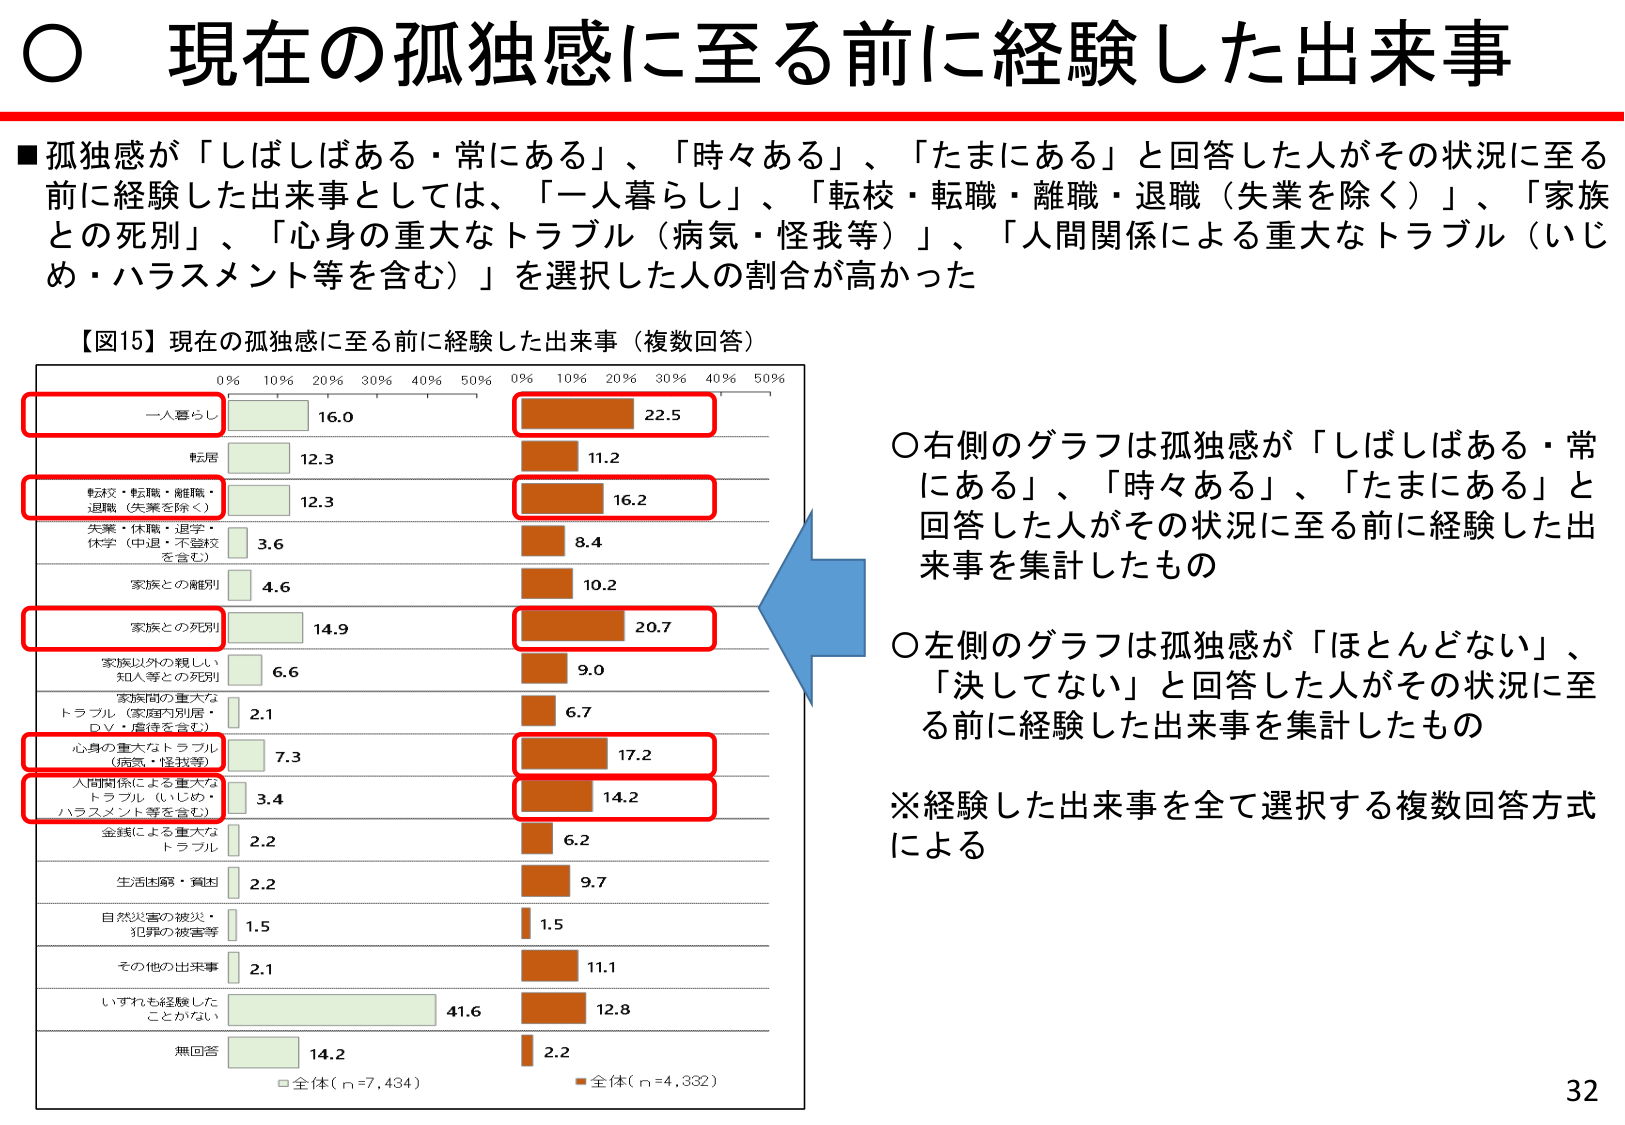
○ 現在の孤独感に至る前に経験した出来事

■孤独感が「しばしばある・常にある」、「時々ある」、「たまにある」と回答した人がその状況に至る前に経験した出来事としては、「一人暮らし」、「転校・転職・離職・退職（失業を除く）」、「家族との死別」、「心身の重大なトラブル（病気・怪我等）」、「人間関係による重大なトラブル（いじめ・ハラスメント等を含む）」を選択した人の割合が高かった

【図15】現在の孤独感に至る前に経験した出来事（複数回答）

0% 10% 20% 30% 40% 50% 0% 10% 20% 30% 40% 50%

一人暮らし 16.0 22.5
転居 12.3 11.2
転校・転職・離職・退職（失業を除く） 12.3 16.2
失業・休職・退学・休学（中退・不登校を含む） 3.6 8.4
家族との離別 4.6 10.2
家族との死別 14.9 20.7
家族以外の親しい知人等との死別 6.6 9.0
家族間の重大なトラブル（家庭内別居・DV・虐待を含む） 2.1 6.7
心身の重大なトラブル（病気・怪我等） 7.3 17.2
人間関係による重大なトラブル（いじめ・ハラスメント等を含む） 3.4 14.2
金銭による重大なトラブル 2.2 6.2
生活困窮・貧困 2.2 9.7
自然災害の被災・犯罪の被害等 1.5 1.5
その他の出来事 2.1 11.1
いずれも経験したことがない 41.6 12.8
無回答 14.2 2.2

□全体（n=7,434） ■全体（n=4,832）

○右側のグラフは孤独感が「しばしばある・常にある」、「時々ある」、「たまにある」と回答した人がその状況に至る前に経験した出来事を集計したもの

○左側のグラフは孤独感が「ほとんどない」、「決してない」と回答した人がその状況に至る前に経験した出来事を集計したもの

※経験した出来事を全て選択する複数回答方式による

32